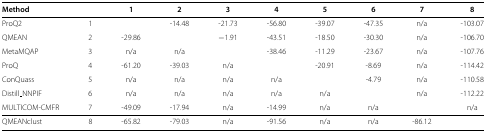
<table><thead><tr><td><b>Method</b></td><td><b> </b></td><td><b>1</b></td><td><b>2</b></td><td><b>3</b></td><td><b>4</b></td><td><b>5</b></td><td><b>6</b></td><td><b>7</b></td><td><b>8</b></td></tr></thead><tbody><tr><td>ProQ2</td><td>1</td><td> </td><td>-14.48</td><td>-21.73</td><td>-56.80</td><td>-39.07</td><td>-47.35</td><td>n/a</td><td>-103.07</td></tr><tr><td>QMEAN</td><td>2</td><td>-29.86</td><td> </td><td>−1.91</td><td>-43.51</td><td>-18.50</td><td>-30.30</td><td>n/a</td><td>-106.70</td></tr><tr><td>MetaMQAP</td><td>3</td><td>n/a</td><td>n/a</td><td> </td><td>-38.46</td><td>-11.29</td><td>-23.67</td><td>n/a</td><td>-107.76</td></tr><tr><td>ProQ</td><td>4</td><td>-61.20</td><td>-39.03</td><td>n/a</td><td> </td><td>-20.91</td><td>-8.69</td><td>n/a</td><td>-114.42</td></tr><tr><td>ConQuass</td><td>5</td><td>n/a</td><td>n/a</td><td>n/a</td><td>n/a</td><td> </td><td>-4.79</td><td>n/a</td><td>-110.58</td></tr><tr><td>Distill_NNPIF</td><td>6</td><td>n/a</td><td>n/a</td><td>n/a</td><td>n/a</td><td>n/a</td><td> </td><td>n/a</td><td>-112.22</td></tr><tr><td>MULTICOM-CMFR</td><td>7</td><td>-49.09</td><td>-17.94</td><td>n/a</td><td>-14.99</td><td>n/a</td><td>n/a</td><td> </td><td>n/a</td></tr><tr><td>QMEANclust</td><td>8</td><td>-65.82</td><td>-79.03</td><td>n/a</td><td>-91.56</td><td>n/a</td><td>n/a</td><td>-86.12</td><td> </td></tr></tbody></table>